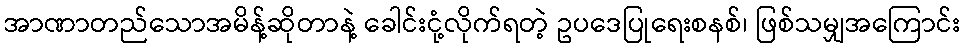
အာဏာတည်သောအမိန့်ဆိုတာနဲ့ ခေါင်းငုံ့လိုက်ရတဲ့ ဥပဒေပြုရေးစနစ်၊ ဖြစ်သမျှအကြောင်း